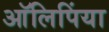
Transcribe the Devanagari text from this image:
आॅलिपिंया